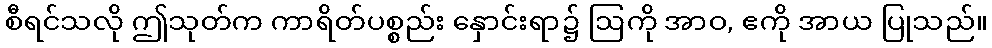
စီရင်သလို ဤသုတ်က ကာရိတ်ပစ္စည်း နှောင်းရာ၌ ဩကို အာဝ, ဧကို အာယ ပြုသည်။